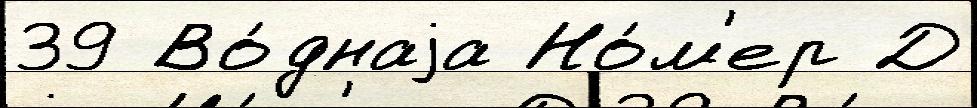
39 Во́днаjа Но́м'ер Д